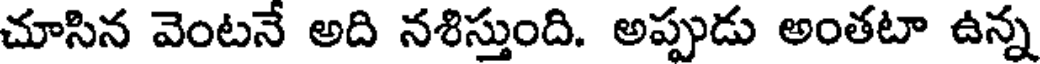
చూసిన వెంటనే అది నశిస్తుంది. అప్పుడు అంతటా ఉన్న